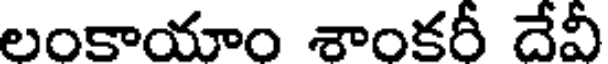
లంకాయాం శాంకరీ దేవీ